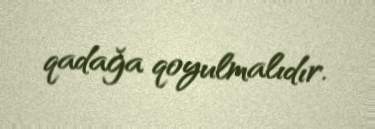
qadağa qoyulmalıdır.